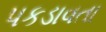
પકડાવતા